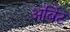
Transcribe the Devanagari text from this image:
अर्बिट